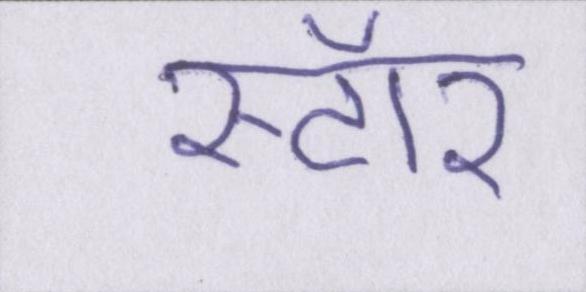
स्टॉर